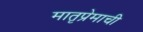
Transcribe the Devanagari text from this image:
मातृप्रेमाची